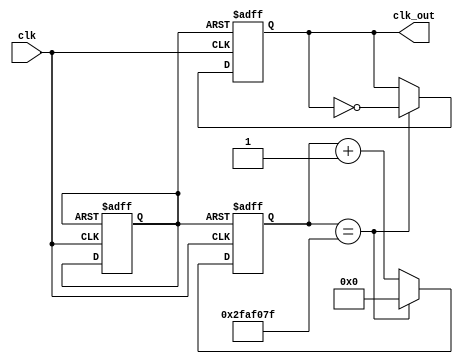
`timescale 1ns / 1ps
//////////////////////////////////////////////////////////////////////////////////
// Company: 
// Engineer: 
// 
// Design Name: 
// Module Name:    DivisorFrecuencia 
// Project Name: 
// Target Devices: 
// Tool versions: 
// Description: 
//
// Dependencies: 
//
// Revision: 
// Revision 0.01 - File Created
// Additional Comments: 
//
//////////////////////////////////////////////////////////////////////////////////
module divisor_de_frecuecia(clk,clk_out);
    input clk;
    output reg clk_out;
    reg rst;
    reg [25:0] counter;

initial
rst=0;

    always @(posedge clk or negedge rst)
    begin
      if(!rst)
       begin
       rst<=1;
       counter<=26'd0;
       clk_out <= 1'b0;
       end
     else
       if(counter==26'd49_999_999) //va convertir un clk de 100mhz a un mhz
         begin
         counter<=26'd0;
         clk_out <= ~clk_out;
         end
      else
       begin
       counter<=counter+1;
       end
   end
endmodule